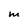
Character: m